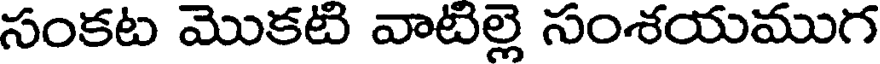
సంకట మొకటి వాటిల్లె సంశయముగ